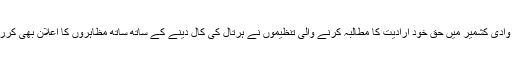
مقبوضہ وادی کشمیر میں حق خود ارادیت کا مطالبہ کرنے والی تنظیموں نے ہرتال کی کال دینے کے ساتھ ساتھ مظاہروں کا اعلان بھی کررکھا ہے۔